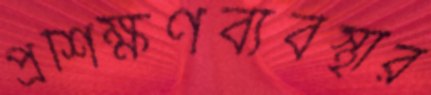
প্রশিক্ষণব্যবস্থার